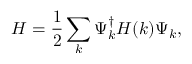
H = \frac { 1 } { 2 } \sum _ { k } \Psi _ { k } ^ { \dagger } H ( k ) \Psi _ { k } ,